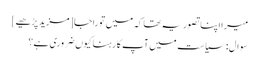
میرا اپنا تصور یہ تھا کہ میں توراجا [مزید پڑھیے]
سوال: سیاست میں آپ کا رہنا کیوں ضروری ہے؟